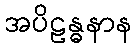
အပိဠန္ဓနာန